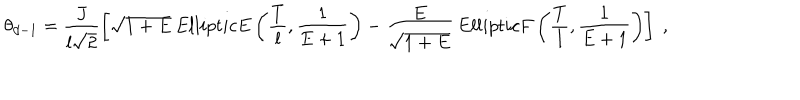
\theta _ { d - 1 } = \frac { J } { l \sqrt { 2 } } \left[ \sqrt { 1 + E } \, E l l i p t i c E \left( \frac { T } { l } , \frac { 1 } { E + 1 } \right) - \frac { E } { \sqrt { 1 + E } } \, E l l i p t i c F \left( \frac { T } { l } , \frac { 1 } { E + 1 } \right) \right] \; ,